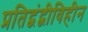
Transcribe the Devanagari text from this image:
प्रतिद्वंद्वीविहीन